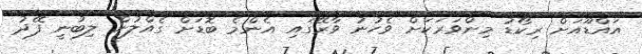
އައްޑޫއަށް ރިކޯޑު މިންވަރަކަށް ވެހުނު ވާރޭގައި އެންމެ ބޮޑަށް ގެއްލުން ލިބުނީ ފޭދު